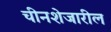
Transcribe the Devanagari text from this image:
चीनशेजारील